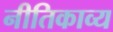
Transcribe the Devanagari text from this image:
नीतिकाव्य